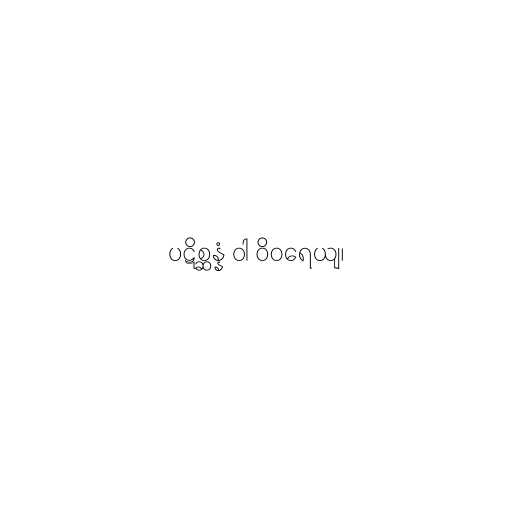
ပဋိစ္ဆန္နံ ဝါ ဝိဝရေယျ၊